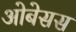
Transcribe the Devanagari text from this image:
ओबेसस